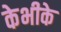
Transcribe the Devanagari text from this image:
केभीके